Lunatic asylums Bombay report 1878-1890 - 1878-1890
Year: 1878
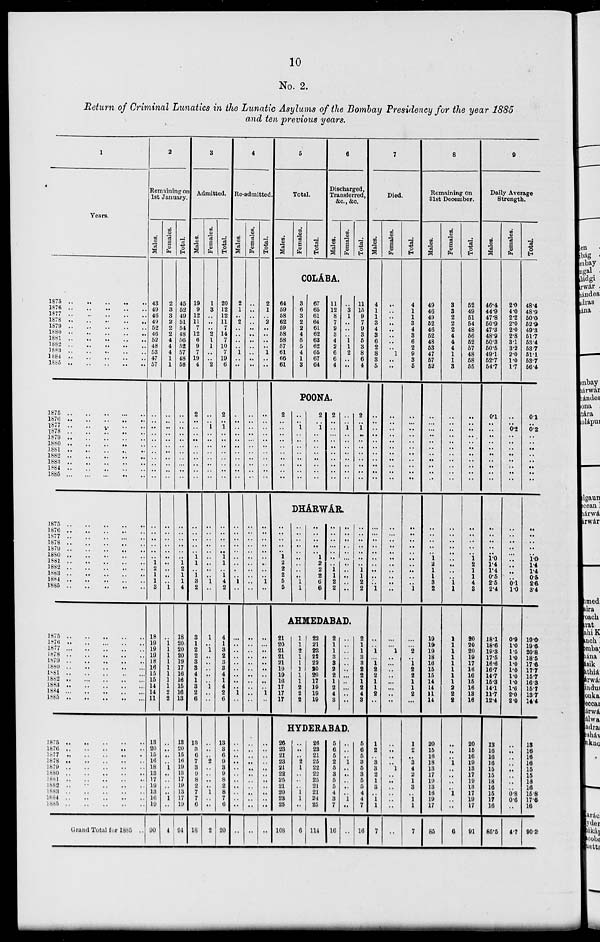
10
No. 2.
Return of Criminal Lunatics in the Lunatic Asylums of the Bombay Presidency for the year 1885
and ten previous years.
1
Years.
1875 .. .. .. .. ..
1876 .. .. .. .. ..
1877 .. .. .. .. ..
1878 .. .. .. .. ..
1879 .. .. .. .. ..
1880 .. .. .. .. ..
1881 .. .. .. .. ..
1882 .. .. .. .. ..
1883 .. .. .. .. ..
1884 .. .. .. .. ..
1885 .. .. .. .. ..
1875 .. .. .. .. ..
1876 .. .. .. .. ..
1877 .. .. .. .. ..
1878 .. .. .. .. ..
1879 .. .. .. .. ..
1880 .. .. .. .. ..
1881 .. .. .. .. ..
1882 .. .. .. .. ..
1883 .. .. .. .. ..
1884 .. .. .. .. ..
1885 .. .. .. .. ..
1875 .. .. .. .. ..
1876 .. .. .. .. ..
1877 .. .. .. .. ..
1878 .. .. .. .. ..
1879 .. .. .. .. ..
1880 .. .. .. .. ..
1881 .. .. .. .. ..
1882 .. .. .. .. ..
1883 .. .. .. .. ..
1884 .. .. .. .. ..
1885 .. .. .. .. ..
1875 .. .. .. .. ..
1876 .. .. .. .. ..
1877 .. .. .. .. ..
1878 .. .. .. .. ..
1879 .. .. .. .. ..
1880 .. .. .. .. ..
1881 .. .. .. .. ..
1882 .. .. .. .. ..
1883 .. .. .. .. ..
1884 .. .. .. .. ..
1885 .. .. .. .. ..
1875 .. .. .. .. ..
1876 .. .. .. .. ..
1877 .. .. .. .. ..
1878 .. .. .. .. ..
1879 .. .. .. .. ..
1880 .. .. .. .. ..
1881 .. .. .. .. ..
1882 .. .. .. .. ..
1883.. .. .. .. ..
1884 .. .. .. .. ..
1885 .. .. .. .. ..
Grand Total for 1885 ..
2
Remaining on
1st January.
Males.
43
49
46
49
52
46
52
48
53
47
57
..
..
..
..
..
..
..
..
..
..
..
..
..
..
..
..
..
1
2
1
1
3
18
19
19
19
18
16
15
15
14
14
11
13
20
15
16
18
13
17
19
13
16
19
90
Females.
2
3
3
2
2
2
4
4
4
1
1
..
..
..
..
..
..
..
..
..
..
..
..
..
..
..
..
..
..
..
..
..
1
..
1
1
1
1
1
1
1
1
2
2
..
..
..
..
1
..
..
..
..
1
..
4
Total.
45
52
49
51
54
48
56
52
57
48
58
..
..
..
..
..
..
..
..
..
..
..
..
..
..
..
..
..
1
2
1
1
4
18
20
20
20
19
17
16
16
15
16
13
13
20
15
16
19
13
17
19
13
17
19
94
3
Admitted.
Males.
19
9
12
11
7
12
6
9
7
19
4
2
..
..
..
..
..
..
..
..
..
..
..
..
..
..
..
1
1
..
1
3
2
3
1
2
2
3
3
4
1
3
2
6
13
3
6
7
3
9
8
2
7
7
6
18
Females.
1
3
..
..
..
2
1
1
..
..
2
..
..
1
..
..
..
..
..
..
..
..
..
..
..
..
..
..
..
..
..
1
..
1
..
1
..
..
..
..
..
1
..
..
..
..
..
2
..
..
..
..
1
..
..
2
Total.
20
12
12
11
7
14
7
10
7
19
6
2
..
1
..
..
..
..
..
..
..
..
..
..
..
..
..
1
1
..
1
4
2
4
1
3
2
3
3
4
1
4
2
6
13
3
6
9
3
9
8
2
8
7
6
20
4
Re-admitted.
Males.
2
1
..
2
..
..
..
..
1
..
..
..
..
..
..
..
..
..
..
..
..
..
..
..
..
..
..
..
..
..
..
1
..
..
..
..
..
..
..
..
..
..
1
..
..
..
..
..
..
..
..
..
..
..
..
..
Females.
..
..
..
..
..
..
..
..
..
..
..
..
..
..
..
..
..
..
..
..
..
..
..
..
..
..
..
..
..
..
..
..
..
..
..
..
..
..
..
..
..
..
..
..
..
..
..
..
..
..
..
..
..
..
..
..
Total.
2
1
..
2
..
..
..
..
1
..
..
..
..
..
..
..
..
..
..
..
..
..
..
..
..
..
..
..
..
..
..
1
..
..
..
..
..
..
..
..
..
..
1
..
..
..
..
..
..
..
..
..
..
..
..
..
5
Total.
Males.
Females.
Total.
6
Discharged,
Transferred,
&c., &c.
Males.
Females.
Total.
COLÁBA.
64
59
58
62
59
58
58
57
61
66
61
3
6
3
2
2
4
5
5
4
1
3
67
65
61
64
61
62
63
62
65
67
64
11
12
8
7
9
3
4
2
6
6
4
..
3
1
..
..
..
1
1
2
..
..
11
15
9
7
9
3
5
3
8
6
4
POONA.
2
..
..
..
..
..
..
..
..
..
..
..
..
1
..
..
..
..
..
..
..
..
2
..
1
..
..
..
..
..
..
..
..
2
..
..
..
..
..
..
..
..
..
..
..
..
1
..
..
..
..
..
..
..
..
2
..
1
..
..
..
..
..
..
..
..
DHÁRWÁR.
..
..
..
..
..
1
2
2
2
5
5
..
..
..
..
..
..
..
..
..
1
1
..
..
..
..
..
1
2
2
2
6
6
..
..
..
..
..
..
..
1
1
2
2
..
..
..
..
..
..
..
..
..
..
..
..
..
..
..
..
..
..
1
1
2
2
AHMEDABAD.
21
20
21
21
21
19
19
16
17
17
17
1
1
2
1
1
1
1
1
2
2
2
22
21
23
22
22
20
20
17
19
19
19
2
1
1
3
8
2
2
1
2
4
3
..
..
..
..
..
..
..
..
..
..
..
2
1
1
3
8
2
2
1
2
4
3
HYDERABAD.
26
23
21
23
21
22
25
21
20
23
25
108
..
..
..
2
1
..
..
..
1
1
..
6
26
23
21
25
22
22
25
21
21
24
25
114
5
6
5
2
5
3
5
5
4
3
7
16
..
..
..
1
..
..
..
..
..
1
..
..
5
6
5
3
5
3
5
5
4
4
7
16
7
Died.
Males.
4
1
1
3
4
3
6
2
8
3
5
..
..
..
..
..
..
..
..
..
..
..
..
..
..
..
..
..
..
..
..
..
1
..
..
1
..
1
2 2
1
1
2
..
1
2
..
3
3
2
1
3
..
1
1
7
Females.
..
..
..
..
..
..
..
..
1
..
..
..
..
..
..
..
..
..
..
..
..
..
..
..
..
..
..
..
..
..
..
..
..
..
..
1
..
..
..
..
..
..
..
..
..
..
..
..
1
..
..
..
..
..
..
..
Total.
4
1
1
3
4
3
6
2
9
3
5
..
..
..
..
..
..
..
..
..
..
..
..
..
..
..
..
..
..
..
..
..
1
..
..
2
..
1
2
2
1
1
2
..
1
2
..
3
4
2
1
3
..
1
1
7
8
Remaining on
31st December.
Males.
49
46
49
52
46
52
48
53
47
57
52
..
..
..
..
..
..
..
..
..
..
..
..
..
..
..
..
1
2
1
1
3
2
19
19
19
18
16
15
15
14
14
11
14
20
16
16
18
13
17
19
13
16
19
17
85
Females.
3
3
2
2
2
4
4
4
1
1
3
..
..
..
..
..
..
..
..
..
..
..
..
..
..
..
..
..
..
..
..
1
1
1
1
1
1
1
1
1
1
2
2
2
..
..
..
1
..
..
..
..
1
..
..
6
Total.
52
49
51
54
48
56
52
57
48
58
55
..
..
..
..
..
..
..
..
..
..
..
..
..
..
..
..
1 2
1
1
4
3
20
20
20
19
17
16
16
15
16
13
16
20
16
16
19
13
17
19
13
17
19
17
91
9
Daily Average
Strength.
Males.
46.4
44.9
47.8
50.9
47.3
48.9
50.3
50.5
49.1
52.7
54.7
0.1
..
..
..
..
..
..
..
..
..
..
..
..
..
..
..
1.0
1.4
1.4
0.5
2.5
2.4
18.1
18.6
19.3
17.5
16.6
16.7
14.7
15.3
14.1
11.7
12.4
13
16
16
16
15
15
18
16
15
17
16
85.5
Females.
2.0
4.0
2.2
2.0
2.0
2.8
3.1
3.2
2.0
1.0
1.7
..
..
0.2
..
..
..
..
..
..
..
..
..
..
..
..
..
..
..
..
..
0.1
1.0
0.9
1.0
1.5
1.0
1.0
1.0
1.0
1.0
1.6
2.0
2.0
..
..
..
..
..
..
..
..
0.8
0.6
..
4.7
Total.
48.4
48.9
50.0
52.9
49.3
51.7
53.4
53.7
51.1
53.7
56.4
0.1
..
0.2
..
..
..
..
..
..
..
..
..
..
..
..
..
1.0
14
1.4
0.5
2.6
3.4
19.0
19.6
20.8
18.5
17.6
17.7
15.7
16.3
15.7
13.7
14.4
13
16
16
16
15
15
18
16
15.8
17.6
16
90.2